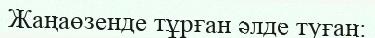
Жаңаөзенде тұрған әлде туған: